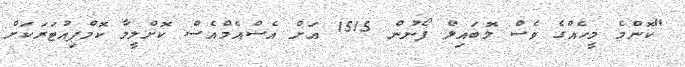
"ކޮންމެ މީހެއްގެ ވެސް މޮބައިލް ފޯނުން 1515 އަށް އެސްއެމްއެސް ކޮށްލީމާ ކޮމްޕިއުޓަރަކަށް